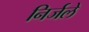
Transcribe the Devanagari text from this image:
निर्जले